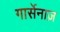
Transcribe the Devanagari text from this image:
गार्सेनाज़